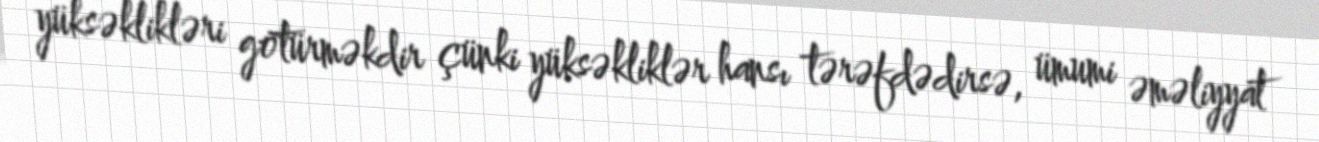
yüksəklikləri götürməkdir çünki yüksəkliklər hansı tərəfdədirsə, ümumi əməliyyat